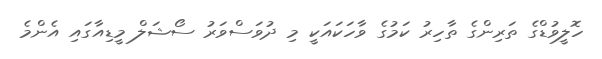
ހޮލީވުޑްގެ ތަރިންގެ ތާހިރު ކަމުގެ ވާހަކައަކީ މި ދުވަސްވަރު ސޯޝަލް މީޑިއާގައި އެންމެ